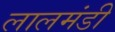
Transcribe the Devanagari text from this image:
लालमंडी